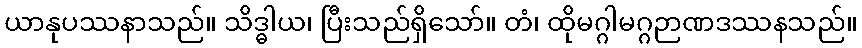
ယာနုပဿနာသည်။ သိဒ္ဓါယ၊ ပြီးသည်ရှိသော်။ တံ၊ ထိုမဂ္ဂါမဂ္ဂဉာဏဒဿနသည်။